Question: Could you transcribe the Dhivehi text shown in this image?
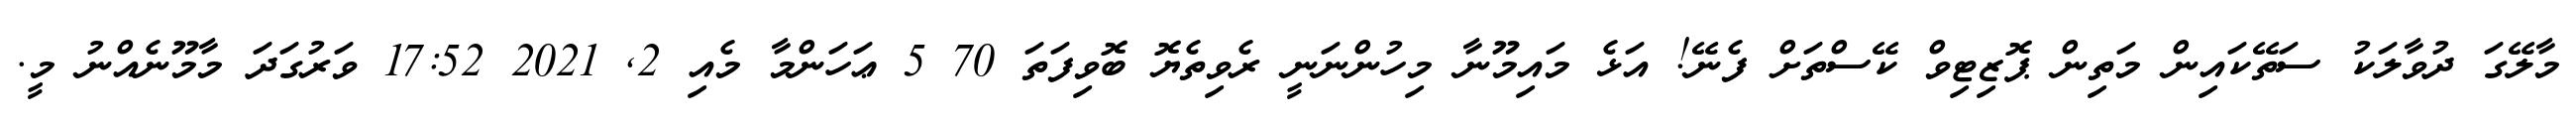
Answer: މާލޭގަ ދުވާލަކު ސަތޭކައިން މަތިން ޕޮޒިޓިވް ކޭސްތަށް ފެނޭ! އަޅެ މައިމޫނާ މިހުންނަނީ ރެވިތެޔޮ ބޮވިފަތަ 70 5 ޢަހަންމާ މެއި 2, 2021 17:52 ވަރުގަދަ މާމޫނެއްނު މީ.